Vabadussoja_Ajaloo_Komitee, lk 62
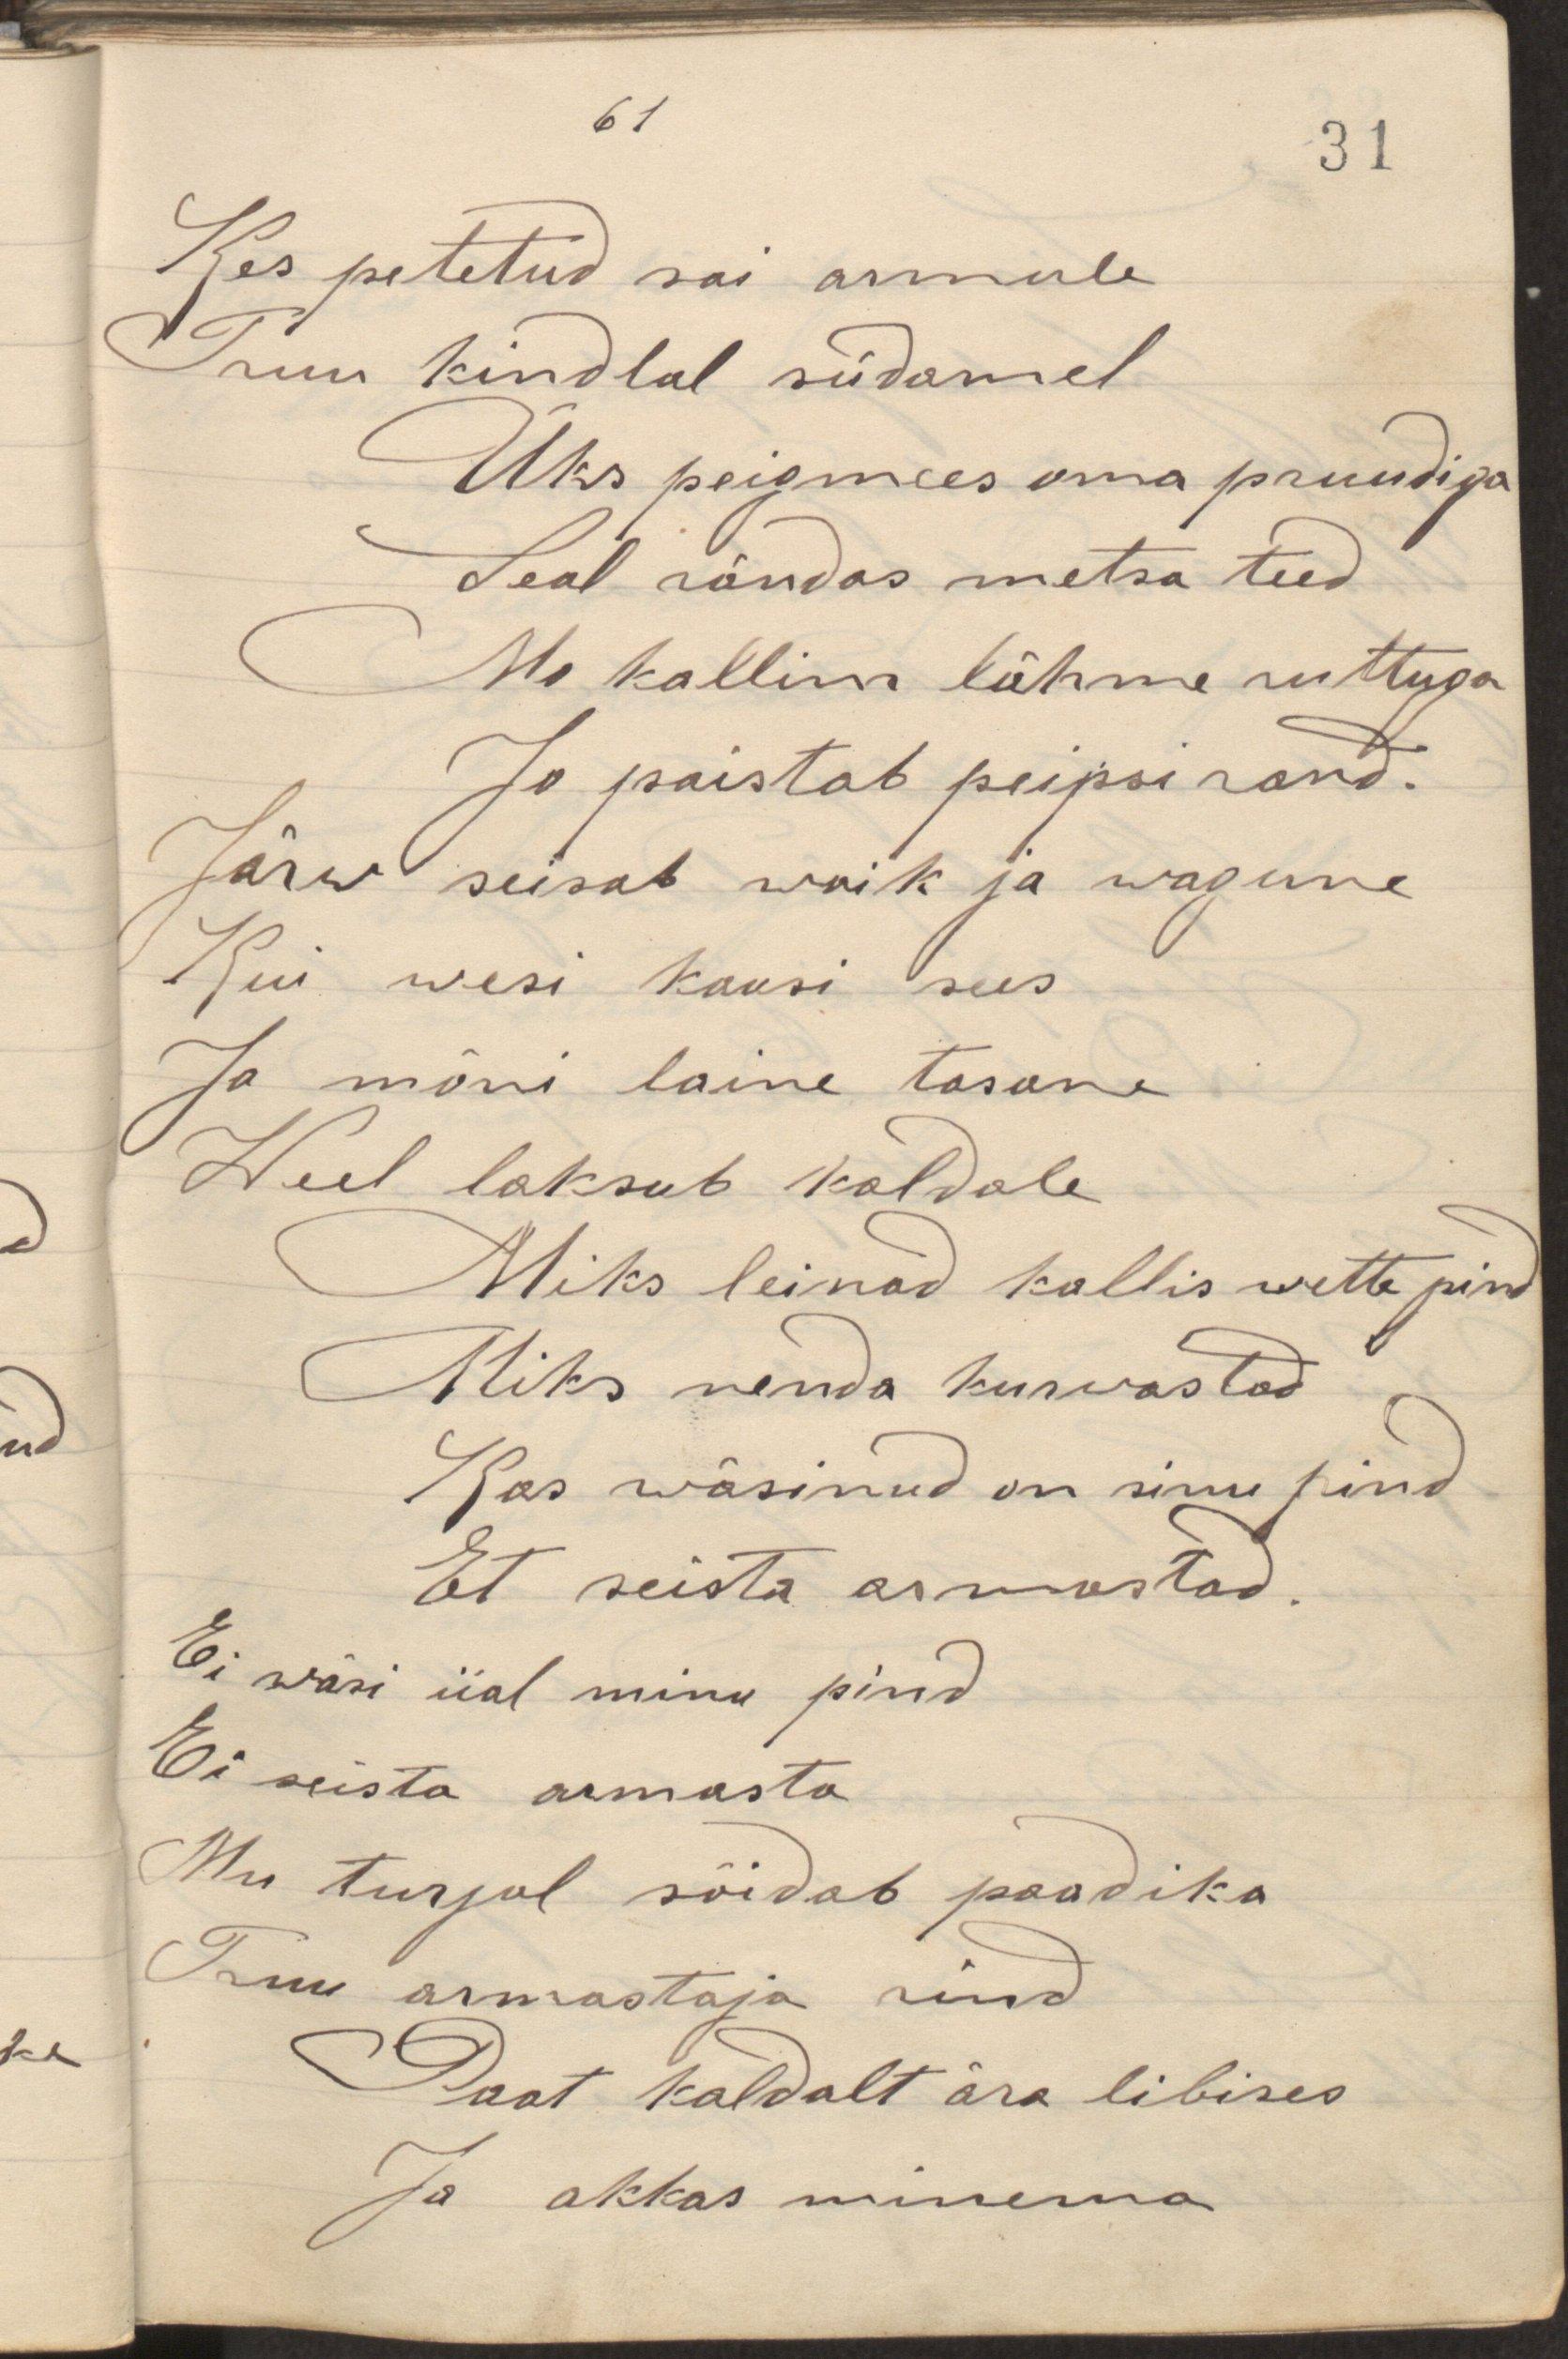
Kes petetud sai armule
Truu kindlal südamel
Üks peigmees oma pruudiga
Seal rändas metsa teed
Me kallim lähme ruttuga
Ja paistab peipsi rand
Järv seisab waik ja wagune
Kui wesi kausi sees
Ja mõni laine tasane
Veel loksub kaldale
Miks leinad kallis wette pind
Miks nenda kurwastad
Kas wäsinud on sinu pind
Et seista armastad
Ei wäsi iial minu pind
Ei seista armasta
Mu turjal söidab paadika
Truu armastaja rind
Paat kaldalt ära libises
Ja akkas minema